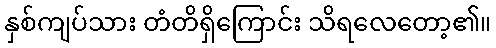
နှစ်ကျပ်သား တံတိရှိကြောင်း သိရလေတော့၏။